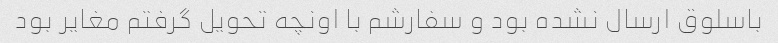
باسلوق ارسال نشده بود و سفارشم با اونچه تحویل گرفتم مغایر بود